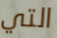
التي